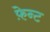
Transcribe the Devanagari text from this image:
फ़ेन्ट